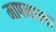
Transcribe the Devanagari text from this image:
मापनाला